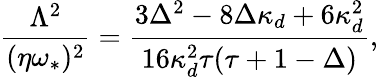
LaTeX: \frac{\Lambda^{2}}{(\eta\omega_{\ast})^{2}}=\frac{3\Delta^{2}-8\Delta\kappa_{d}+6\kappa_{d}^{2}}{16\kappa_{d}^{2}\tau(\tau+1-\Delta)},